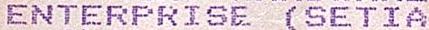
ENTERPRISE (SETIA